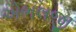
એભલજી